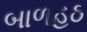
બાળહઠ